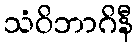
သံဝိဘာဂိနီ